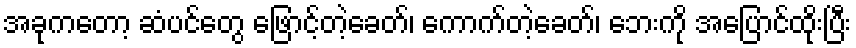
အခုကတော့ ဆံပင်တွေ ဖြောင့်တဲ့ခေတ်၊ ကောက်တဲ့ခေတ်၊ ဘေးကို အပြောင်ထိုးပြီး